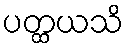
ပတ္ထယသိ